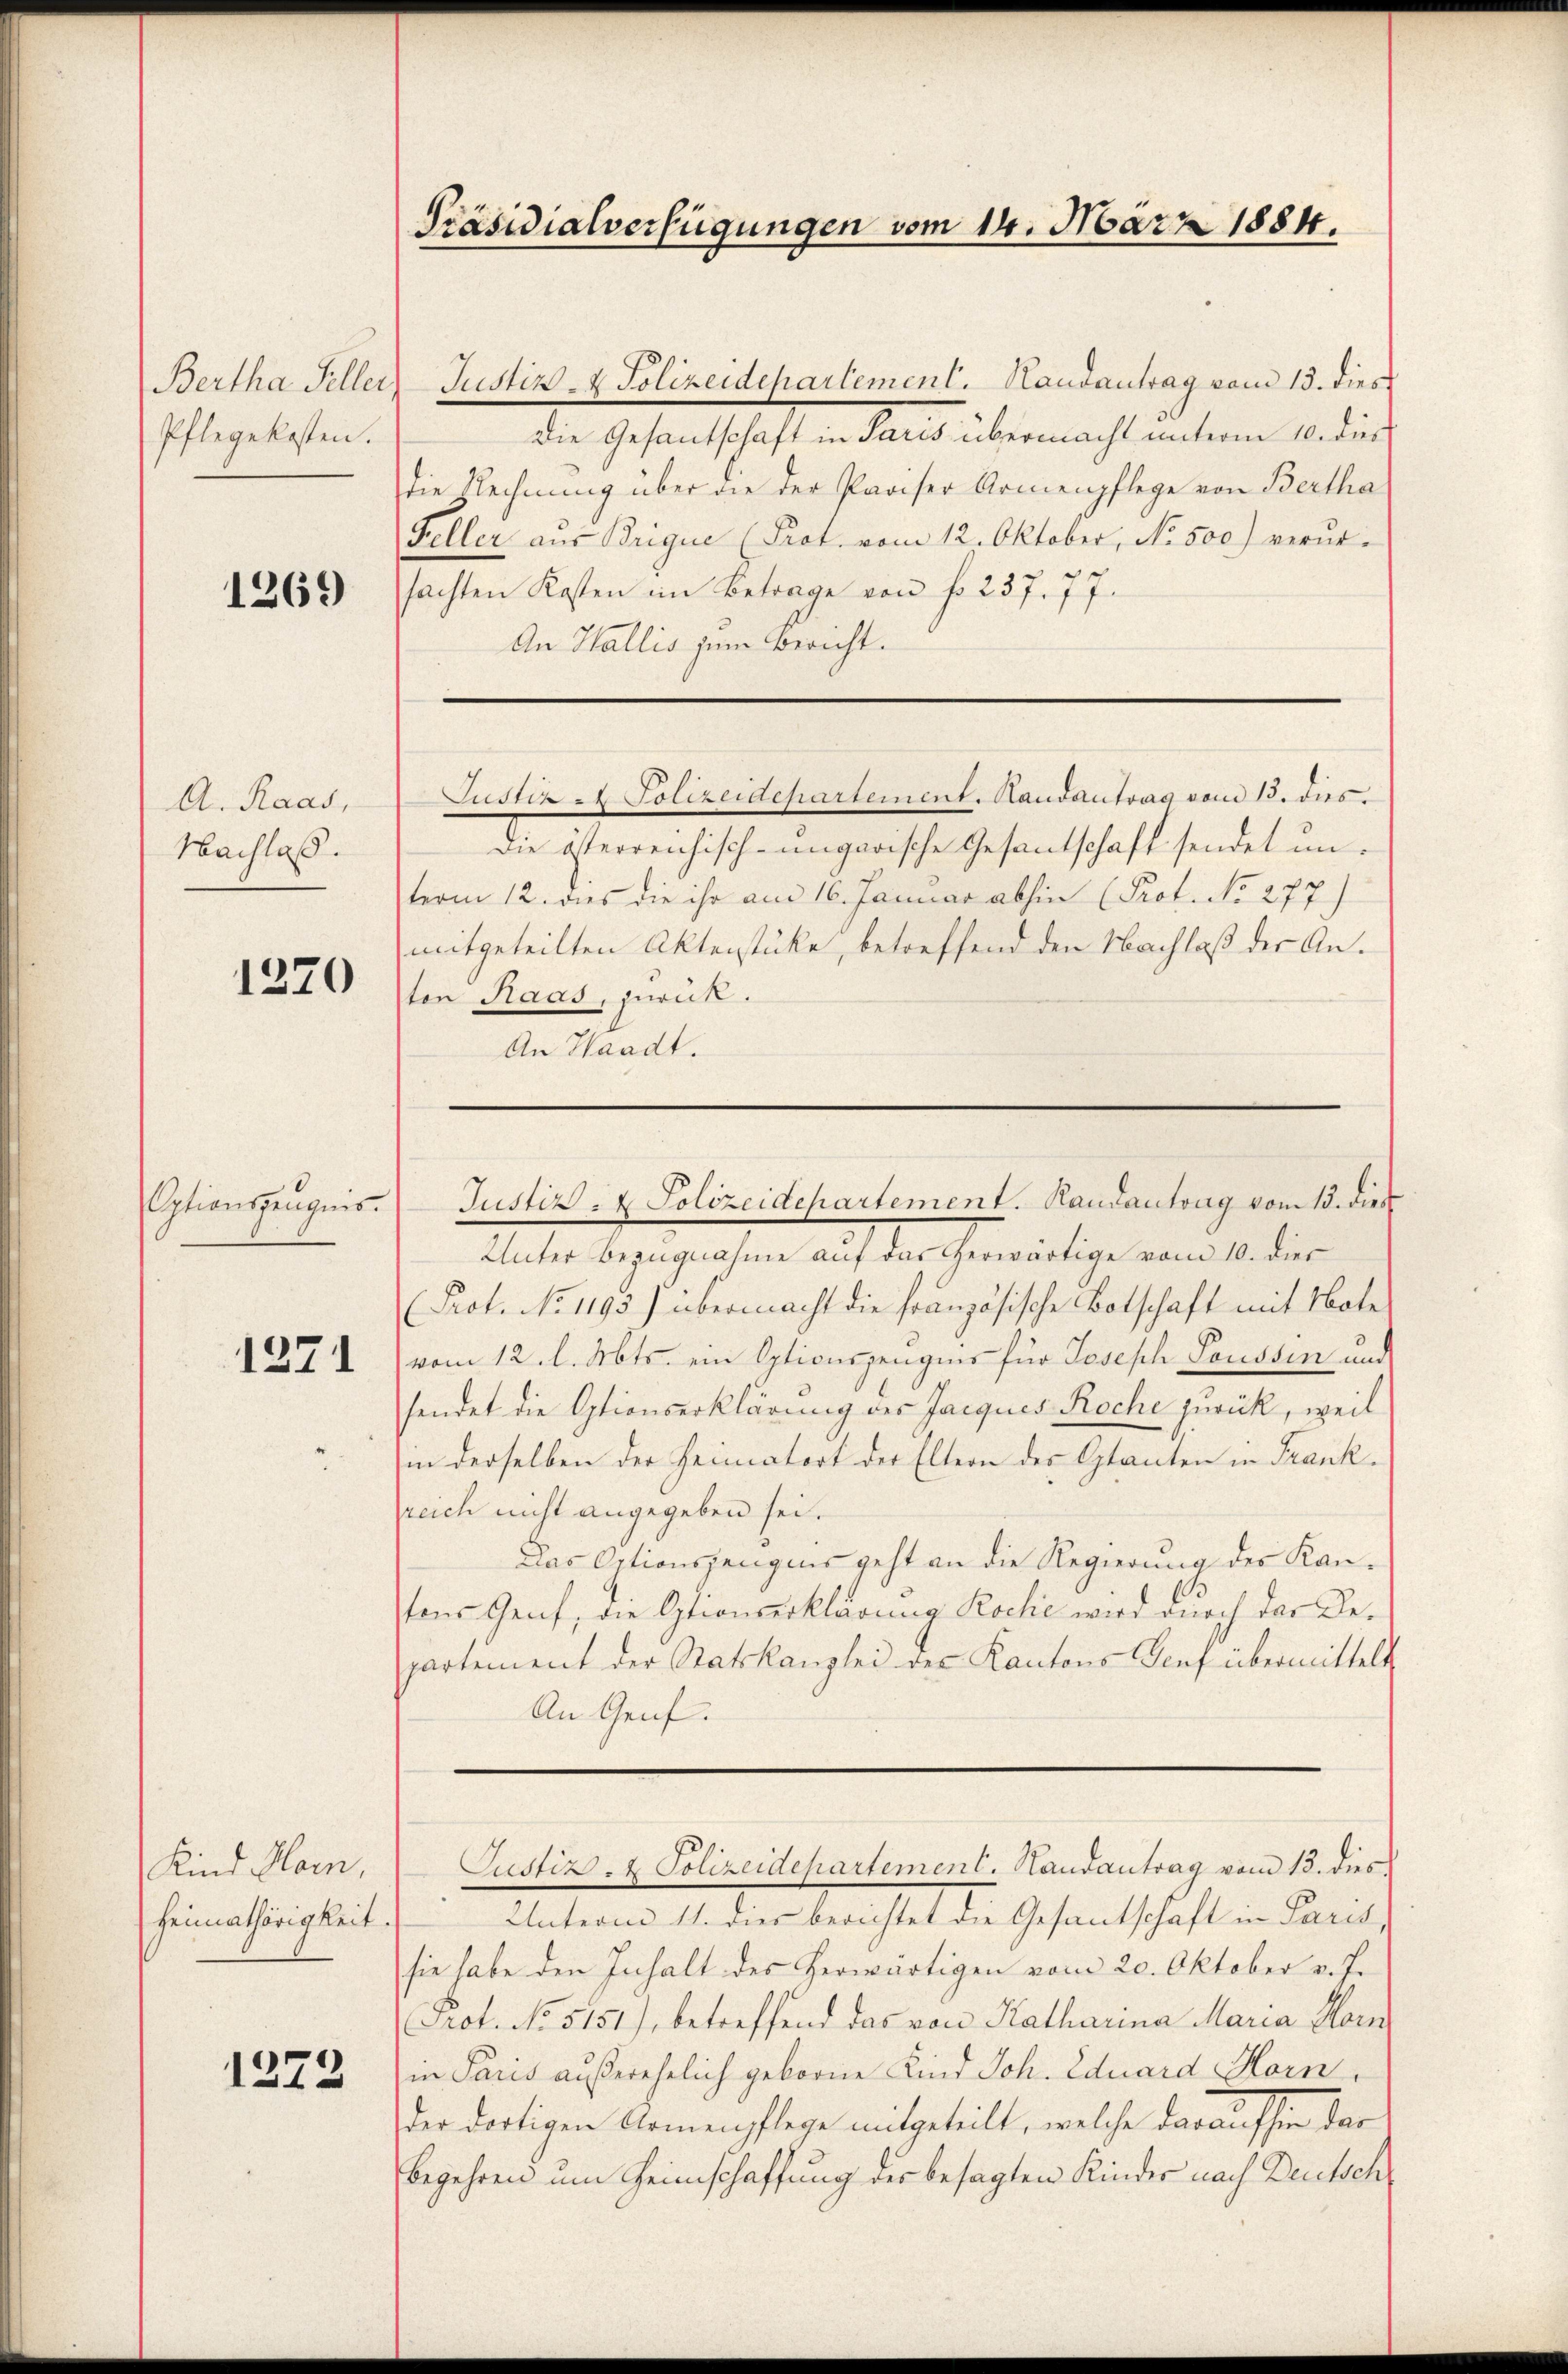
Bertha Feller
Pflegekosten.

1269

A. Raas,
Nachlaß.

1370

Optionszeugnis.

1371

Kind Harn,
Heimathörigkeit.

1272

Präsidialverfügungen vom 14. März 1884.

Justiz- & Polizeidepartement. Handantrag vom 13. dies
Die Gesantschaft in Paris übermacht unterm 10. dies
die Rechnung über die der Pariser Armenpflege von Bertha
Feller aus Brigue (Prot. vom 12. Oktober, No. 500) verursachten Kosten im Betrage von f. 237. 77.
An Wallis zum Bericht.
Justiz - Polizeidepartement. Handantrag vom 13. dies.
Die österreichisch-ungarische Gesantschaft sendet unterm 12. dies die ihr am 16. Januar abhin (Prof. No 277)
mitgeteilten Aktenstücke, betreffend den Nachlaß der Anten Raas, zurück.
An Waadt.

Unter Bezugnahme auf das herwärtige vom 10. dies
Prot. No. 1195) übermacht die französische Botschaft mit Note
vom 12. l. Mts. ein Optionszeugens für Joseph Soussin und
sendet die Optionserklärung der Jacques Roche zurück, weil
in derselben der Heimatort der Eltern des Stanten in Frankreich nicht angegeben sei.
Das Optionszeugnis geht an die Regierung des Kantons Genf, die Optionserklärung Roche wird durch der Departement der Statskanzlei der Kantons Genf übermittelt
An Genf.
Justiz- & Polizeidepartement. Handantrag vom 13. dies
Unterm 11. dies berichtet die Gesantschaft in Paris,
sie habe den Inhalt des herwärtigen vom 20. Oktober v. J.
Prot. No 5151), betreffend das von Katharina Maria Harn
in Paris außerehelich geborne Kind Joh. Eduard Horn
der dortigen Armenpflege mitgeteilt, welche darauf sie dar
begehren um Heimschaffung des besagten Kinder nach Deutsch

Justiz- & Polizeidepartement. Randantrag vom 13. dies